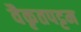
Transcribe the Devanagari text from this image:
वैकृतपट्टम